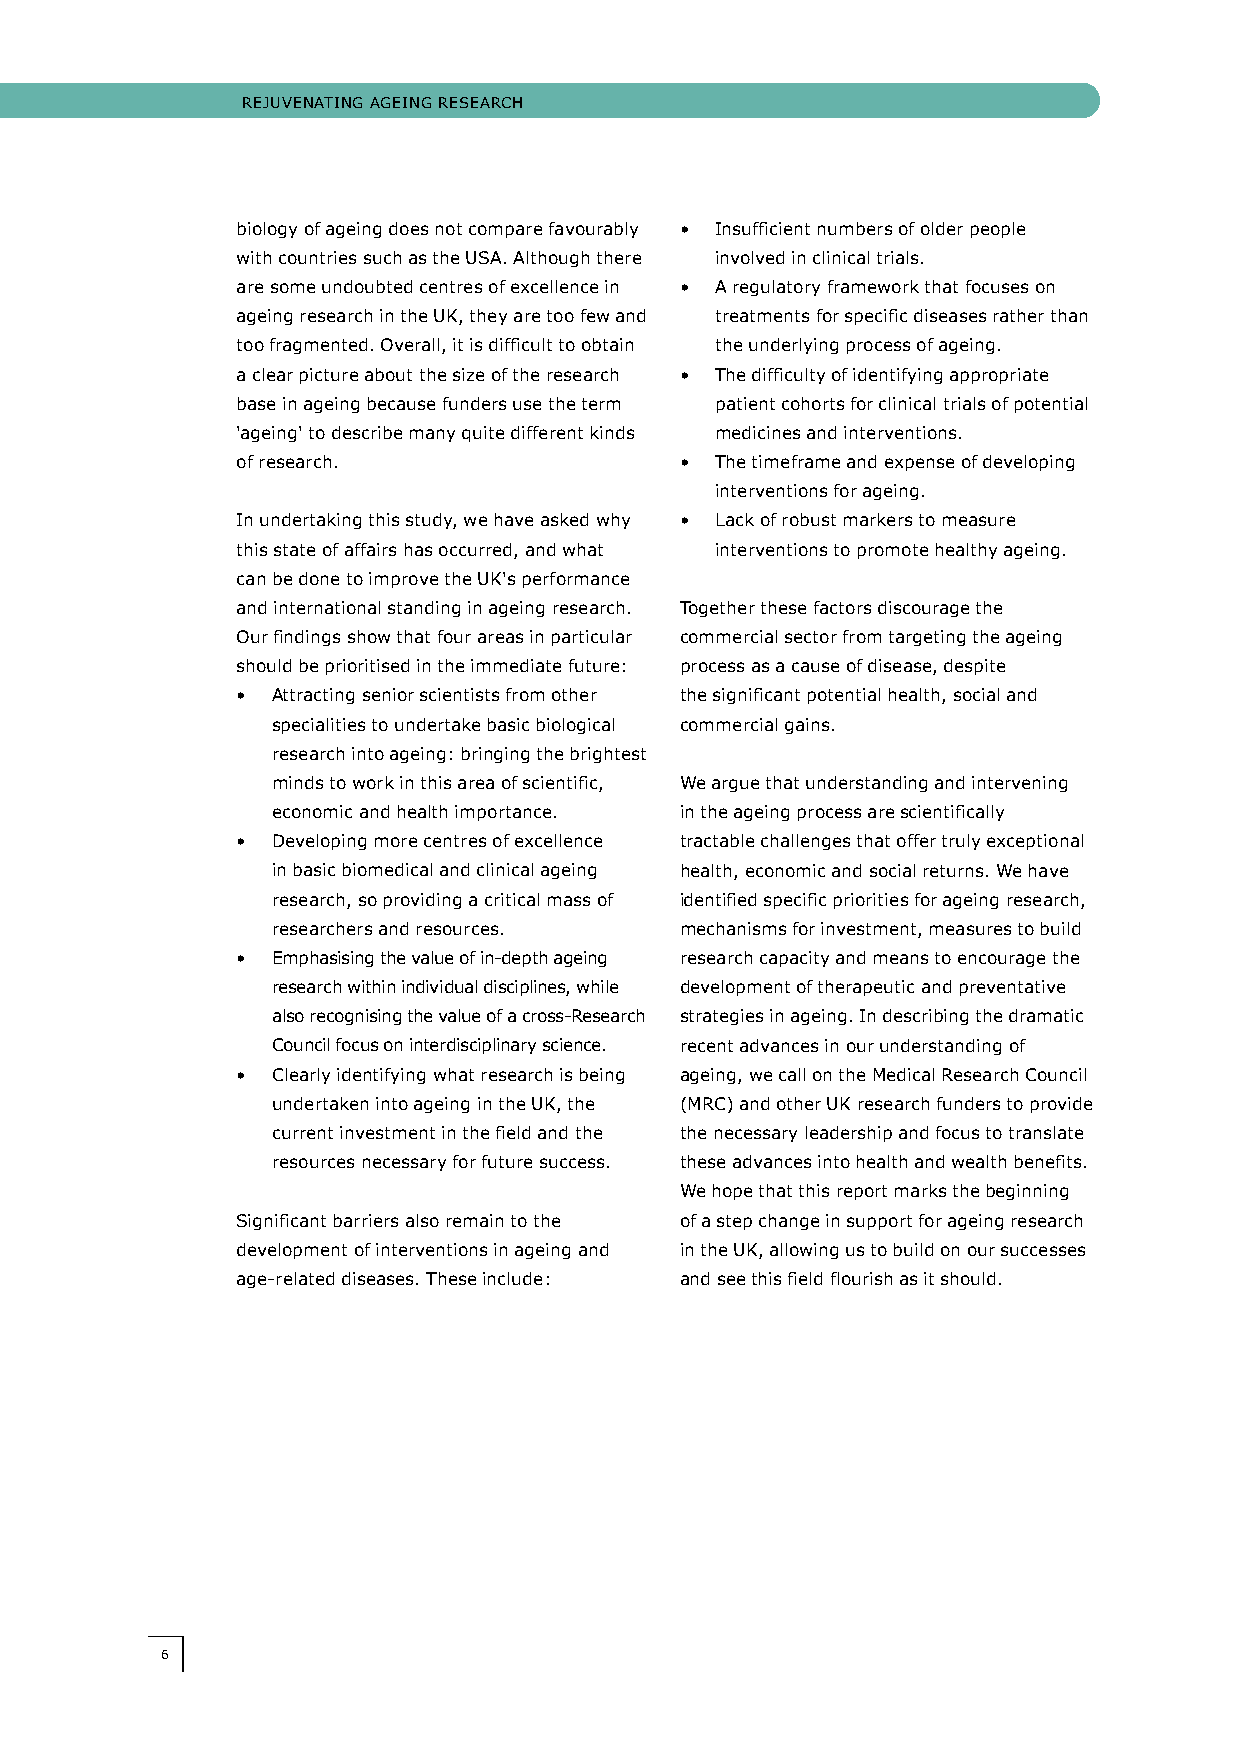
RReejUjUvveeNNAATTIINNgg AAggeeIINNgg RReeSSeeAARRcchh
 biology of ageing does not compare favourably • Insufficient numbers of older people
 with countries such as the USA. Although there involved in clinical trials.
 are some undoubted centres of excellence in • A regulatory framework that focuses on
 ageing research in the UK, they are too few and treatments for specific diseases rather than
 too fragmented. Overall, it is difficult to obtain the underlying process of ageing.
 a clear picture about the size of the research • The difficulty of identifying appropriate
 base in ageing because funders use the term patient cohorts for clinical trials of potential
 'ageing' to describe many quite different kinds medicines and interventions.
 of research.                 • The timeframe and expense of developing
 interventions for ageing.
 In undertaking this study, we have asked why • Lack of robust markers to measure
 this state of affairs has occurred, and what interventions to promote healthy ageing.
 can be done to improve the UK's performance
 and international standing in ageing research. Together these factors discourage the
 Our findings show that four areas in particular commercial sector from targeting the ageing
 should be prioritised in the immediate future: process as a cause of disease, despite
 • Attracting senior scientists from other the significant potential health, social and
 specialities to undertake basic biological commercial gains.
 research into ageing: bringing the brightest
 minds to work in this area of scientific, We argue that understanding and intervening
 economic and health importance. in the ageing process are scientifically
 • Developing more centres of excellence tractable challenges that offer truly exceptional
 in basic biomedical and clinical ageing health, economic and social returns. We have
 research, so providing a critical mass of identified specific priorities for ageing research,
 researchers and resources. mechanisms for investment, measures to build
 • emphasising the value of in-depth ageing research capacity and means to encourage the
 research within individual disciplines, while development of therapeutic and preventative
 also recognising the value of a cross-Research strategies in ageing. In describing the dramatic
 council focus on interdisciplinary science. recent advances in our understanding of
 • clearly identifying what research is being ageing, we call on the Medical Research council
 undertaken into ageing in the UK, the (MRc) and other UK research funders to provide
 current investment in the field and the the necessary leadership and focus to translate
 resources necessary for future success. these advances into health and wealth benefits.
 We hope that this report marks the beginning
 Significant barriers also remain to the of a step change in support for ageing research
 development of interventions in ageing and in the UK, allowing us to build on our successes
 age-related diseases. These include: and see this field flourish as it should.
 66